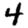
Digit: 4